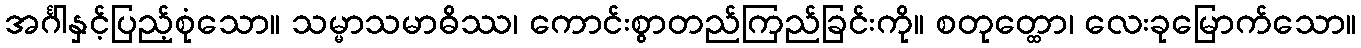
အင်္ဂါနှင့်ပြည့်စုံသော။ သမ္မာသမာဓိဿ၊ ကောင်းစွာတည်ကြည်ခြင်းကို။ စတုတ္ထော၊ လေးခုမြောက်သော။